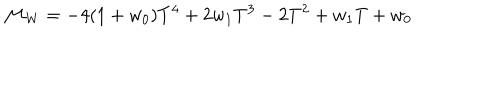
{ \cal M } _ { W } = - 4 ( 1 + w _ { 0 } ) T ^ { 4 } + 2 w _ { 1 } T ^ { 3 } - 2 T ^ { 2 } + w _ { 1 } T + w _ { 0 }